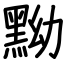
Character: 黝